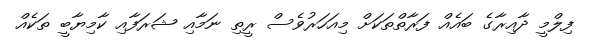
ފިލްމީ ދާއިރާގެ ބައެއް ފަރާތްތަކަށް މިއަހަރުވެސް ރީތި ނަމާއި ޝަރަފާއި ކާމިޔާބީ ތަކެއް